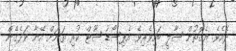
ދެއެވެ. އެގޮތުން ޝާލީ ބައިވެރިވެ އެޕިސޯޑު ޝޫޓް ކުރި ތަނަށް އޭނާ ވަދެގެން